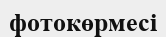
фотокөрмесі